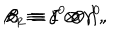
{ \beta } _ { 1 } \equiv { \gamma } ^ { 0 } \otimes I , \hspace { 5 m m } { \beta } _ { 2 } \equiv I \otimes { \gamma } ^ { 0 } ,